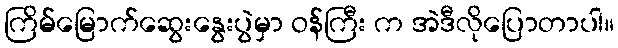
ကြိမ်မြောက်ဆွေးနွေးပွဲမှာ ဝန်ကြီး က အဲဒီလိုပြောတာပါ။